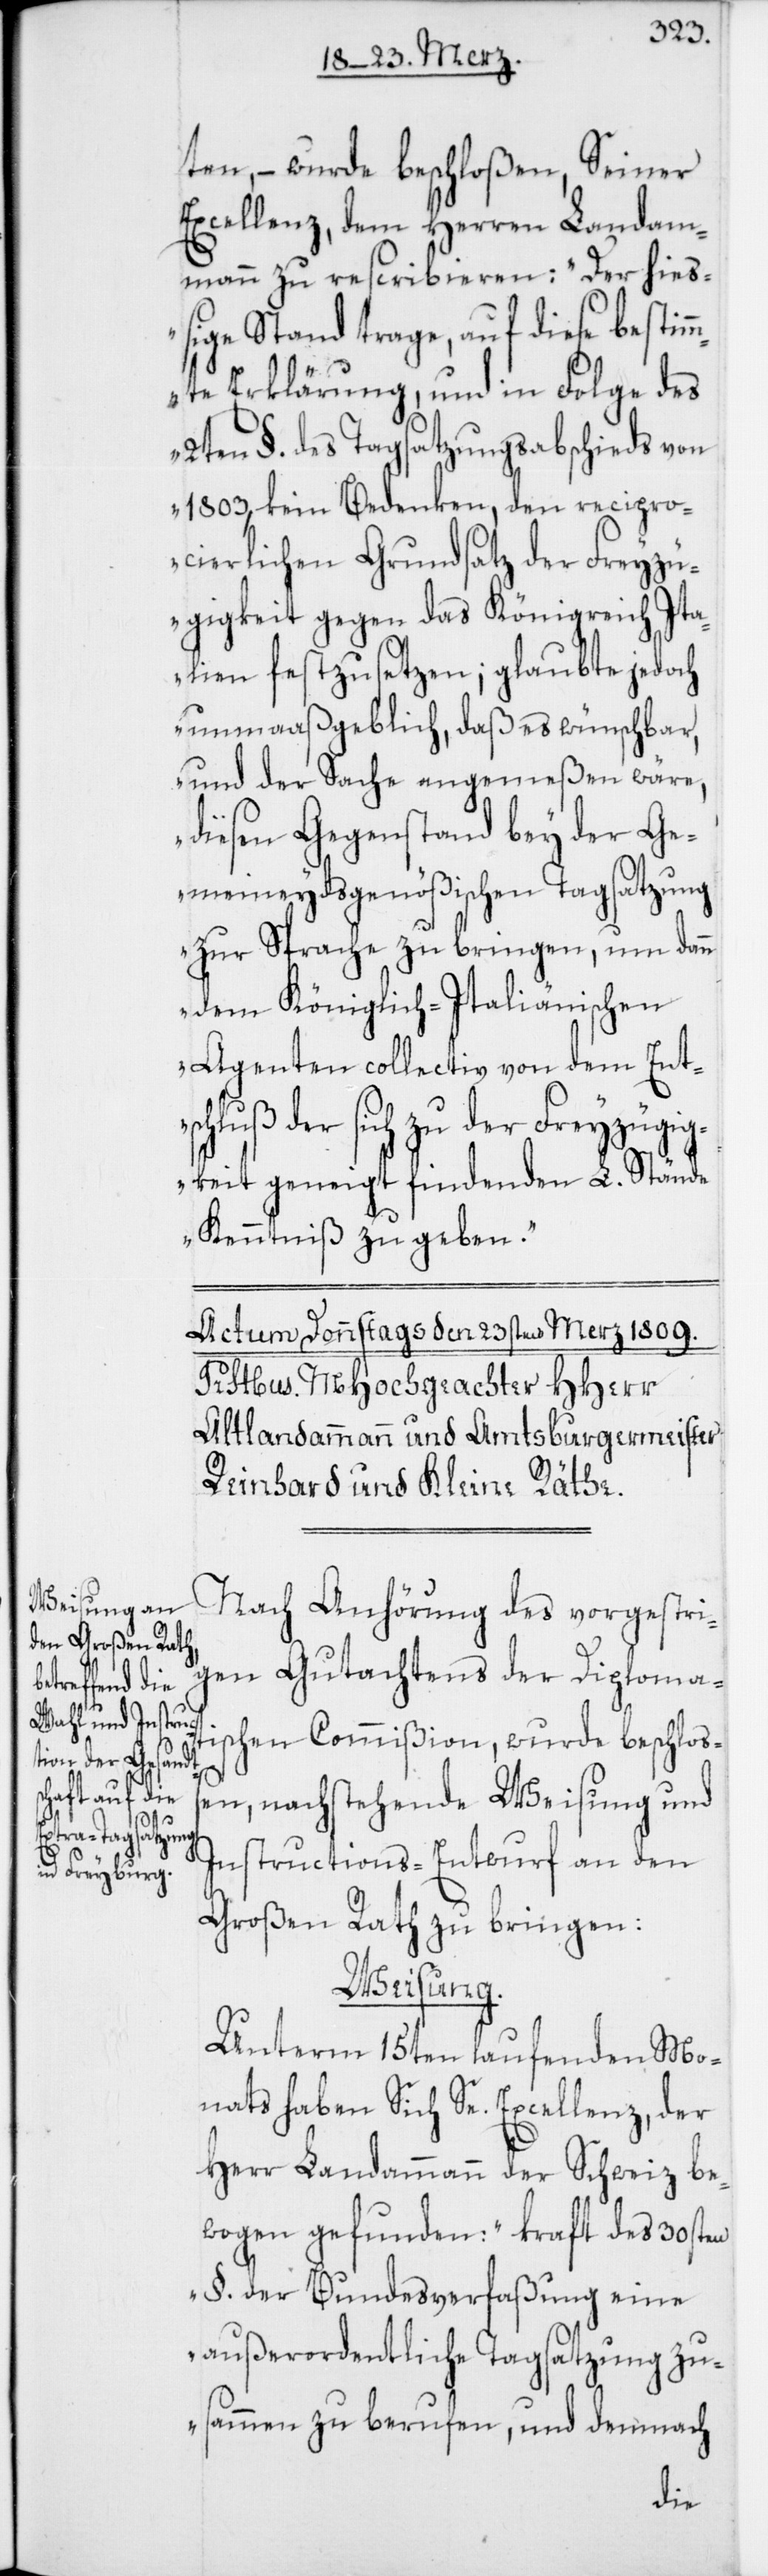
ten, – wurde beschloßen, Seiner
Excellenz, dem Herren Landam¬
mann zu rescribieren: „Der hieß¬
ige Stand trage, auf diese bestim¬
mte Erklärung, und in Folge des
2ten §. des Tagsatzungsabschieds von
1803, kein Bedenken, den recipro¬
cierlichen Grundsatz der Freyzü¬
gigkeit gegen das Königreich Ita¬
lien festzusetzen; glaubte jedoch
unmaaßgeblich, daß es wünschbar,
und der Sache angemeßen wäre,
diesen Gegenstand bey der Ge¬
meineydsgenößischen Tagsatzung
zur Sprache zu bringen, um dann
dem Königlich-Italiänischen
Agenten collectiv von dem Ent¬
schluß der sich zu der Freyzügig¬
keit geneigt findenden L. Stände
Kenntniß zu geben.“
Nach Anhörung des vorgestri¬
gen Gutachtens der Diploma¬
tischen Commißion, wurde beschloß¬
en, nachstehende Weisung und
Instructions-Entwurf an den
Großen Rath zu bringen:
Weisung.
Unterm 15ten laufenden Mo¬
nats haben sich Se. Excellenz, der
Herr Landammann der Schweiz be¬
wogen gefunden: „Kraft des 30sten
§. der Bundesverfaßung eine
außerordentliche Tagsatzung zu¬
sammen zu berufen, und demnach